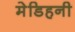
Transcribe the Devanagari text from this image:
मेडिहनी